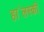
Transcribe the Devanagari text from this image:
हा॓लस्की